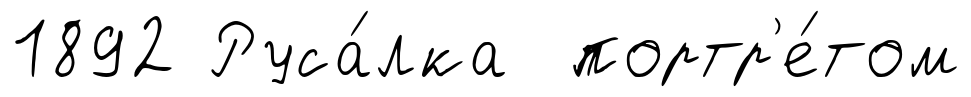
1892 Руса́лка портр'е́том